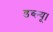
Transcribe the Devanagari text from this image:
डब्ल्यू।